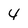
Character: 4